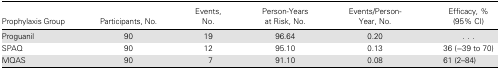
<table><thead><tr><td><b>Prophylaxis Group</b></td><td><b>Participants, No.</b></td><td><b>Events, No.</b></td><td><b>Person-Years at Risk, No.</b></td><td><b>Events/Person-Year, No.</b></td><td><b>Efficacy, % (95% CI)</b></td></tr></thead><tbody><tr><td>Proguanil</td><td>90</td><td>19</td><td>96.64</td><td>0.20</td><td>...</td></tr><tr><td>SPAQ</td><td>90</td><td>12</td><td>95.10</td><td>0.13</td><td>36 (−39 to 70)</td></tr><tr><td>MQAS</td><td>90</td><td>7</td><td>91.10</td><td>0.08</td><td>61 (2–84)</td></tr></tbody></table>